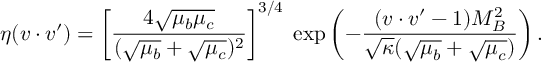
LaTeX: \eta ( v \cdot v ^ { \prime } ) = \left[ \frac { 4 \sqrt { \mu _ { b } \mu _ { c } } } { ( \sqrt { \mu _ { b } } + \sqrt { \mu _ { c } } ) ^ { 2 } } \right] ^ { 3 / 4 } \; \mathrm { e x p } \left( - \frac { ( v \cdot v ^ { \prime } - 1 ) M _ { B } ^ { 2 } } { \sqrt { \kappa } ( \sqrt { \mu _ { b } } + \sqrt { \mu _ { c } } ) } \right) .